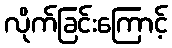
လိုက်ခြင်းကြောင့်